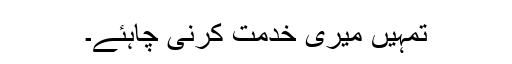
تمہیں میری خدمت کرنی چاہئے۔